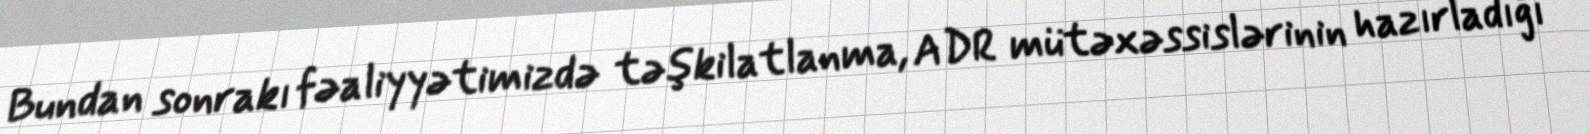
Bundan sonrakı fəaliyyətimizdə təşkilatlanma, ADR mütəxəssislərinin hazırladığı